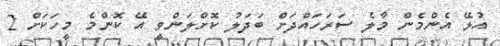
އުޅޭ އެންމެން މާލެ ސަރަހައްދަށް ބަދަލު ކޮށްލަންވީ އޭ ކޮންމެ މީހަަކަށް 2